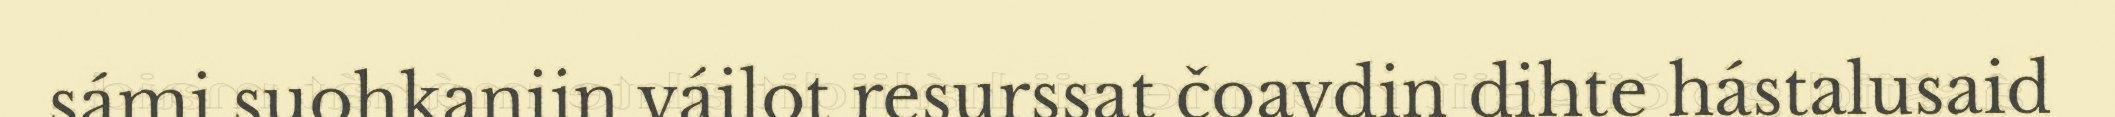
sámi suohkaniin váilot resurssat čoavdin dihte hástalusaid